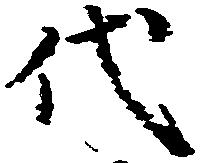
代